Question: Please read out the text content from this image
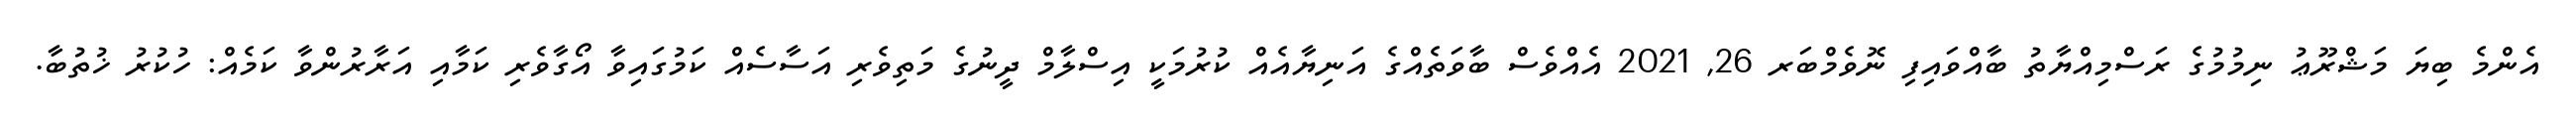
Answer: އެންމެ ބިޔަ މަޝްރޫޢު ނިމުމުގެ ރަސްމިއްޔާތު ބާއްވައިފި ނޮވެމްބަރ 26, 2021 އެއްވެސް ބާވަތެއްގެ އަނިޔާއެއް ކުރުމަކީ އިސްލާމް ދީނުގެ މަތިވެރި އަސާސެއް ކަމުގައިވާ އޯގާވެރި ކަމާއި އަރާރުންވާ ކަމެއް: ހުކުރު ޚުތުބާ.